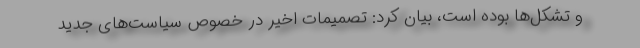
و تشکل‌ها بوده است، بیان کرد: تصمیمات اخیر در خصوص سیاست‌های جدید